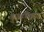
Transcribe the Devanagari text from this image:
कुज्हंथैक्कागा